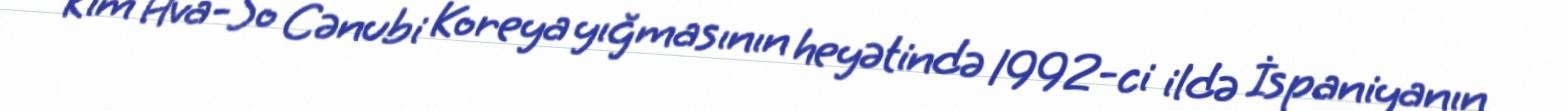
Kim Hva-So Cənubi Koreya yığmasının heyətində 1992-ci ildə İspaniyanın